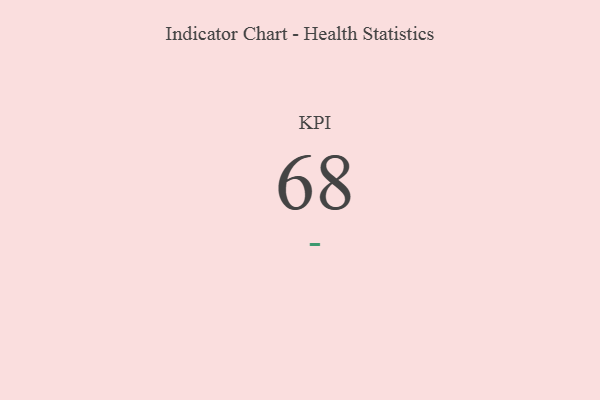
{"axis": {"x": "KPI", "y": "Value"}, "legend": [""], "data": [{"x": "KPI", "y": 68, "type": ""}]}